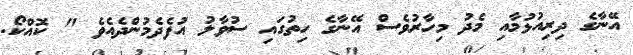
އޭނާގެ ދިރިއުޅުމާއި މެދު މިހާރުވެސް އޭނާގެ ހިތުގައި ސުވާލު އުފެދެމުންދެއެވެ " ކޮއްކޯ.